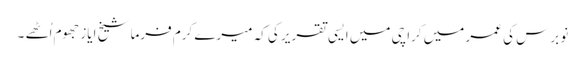
نو برس کی عمر میں کراچی میں ایسی تقریر کی کہ میرے کرم فرما شیخ ایاز جھوم اُٹھے ۔